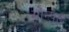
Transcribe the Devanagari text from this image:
सोन्पेत